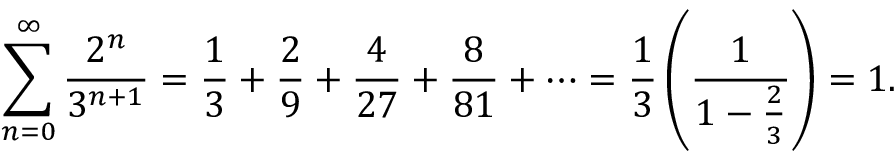
\sum _ { n = 0 } ^ { \infty } { \frac { 2 ^ { n } } { 3 ^ { n + 1 } } } = { \frac { 1 } { 3 } } + { \frac { 2 } { 9 } } + { \frac { 4 } { 2 7 } } + { \frac { 8 } { 8 1 } } + \cdots = { \frac { 1 } { 3 } } \left( { \frac { 1 } { 1 - { \frac { 2 } { 3 } } } } \right) = 1 .